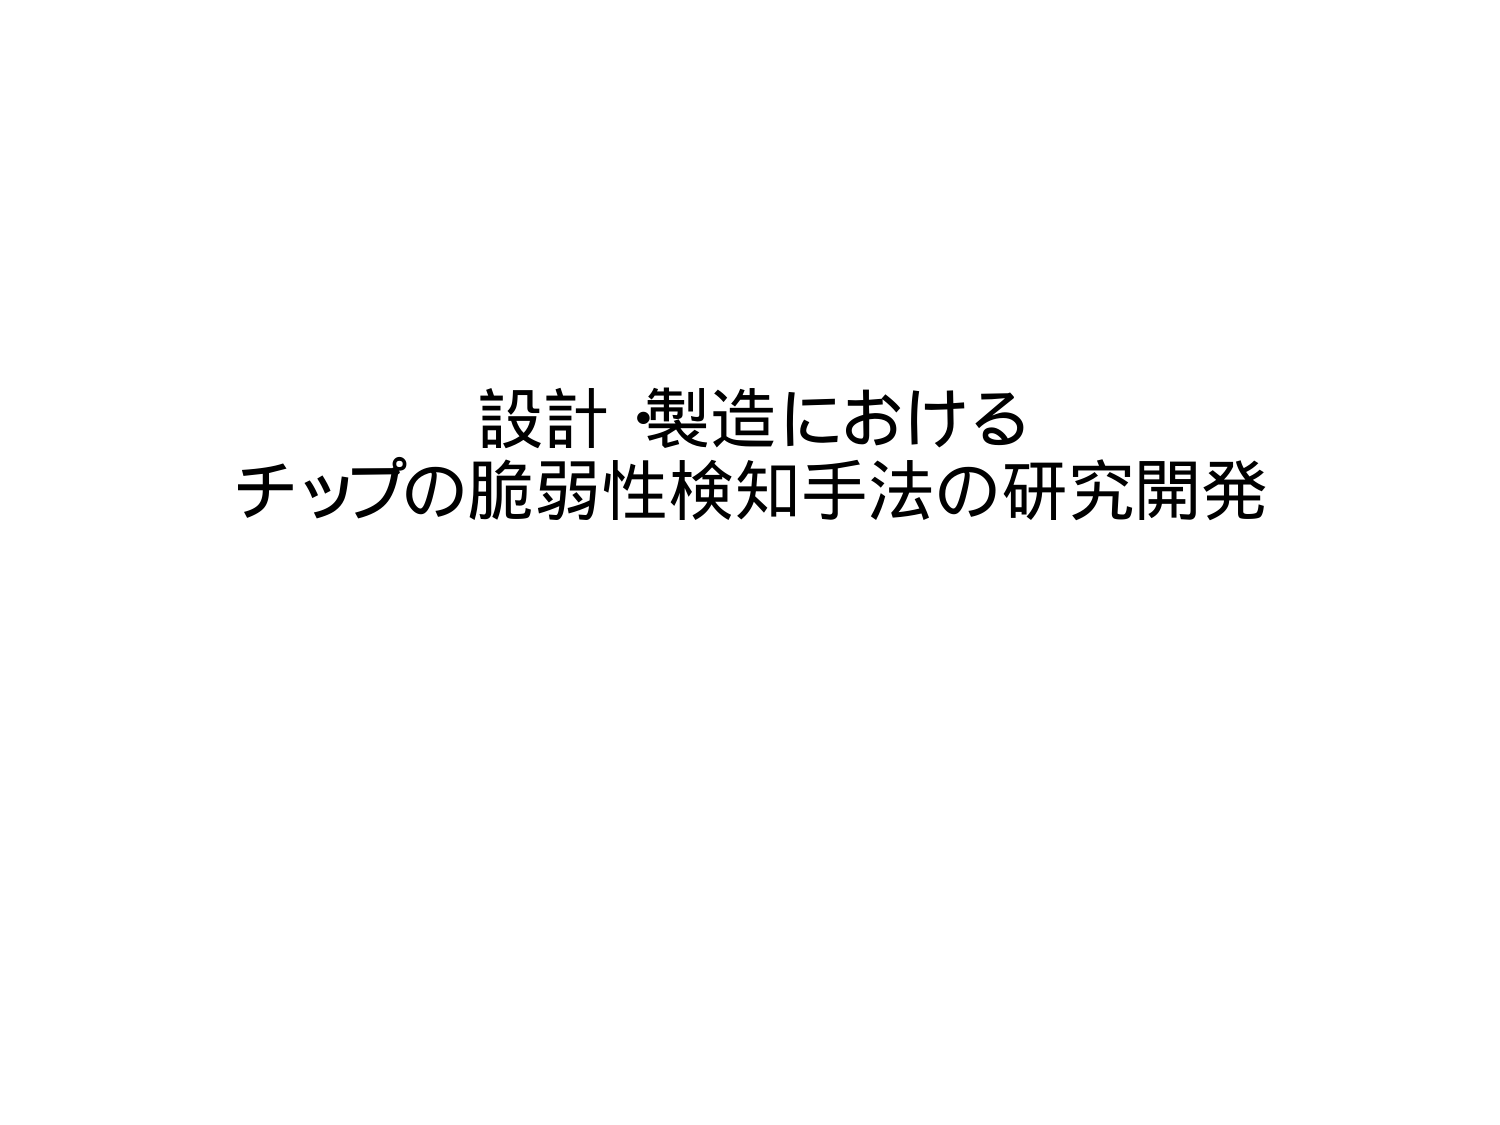
設計・製造における
チップの脆弱性検知手法の研究開発